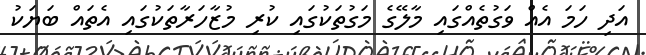
އަދި ހަމަ އެއް ވަގުތެއްގައި މާލޭގެ މަގުތަކުގައި ކުރި މުޒާހަރާތަކުގައި އެތައް ބަޔަކު